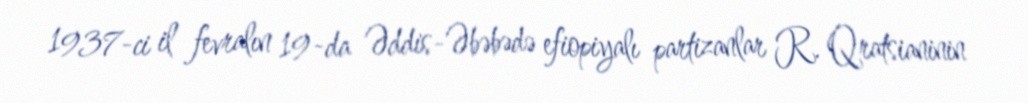
1937-ci il fevralın 19-da Əddis-Əbəbədə efiopiyalı partizanlar R. Qratsianinin